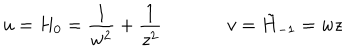
LaTeX: u = H _ { 0 } = \frac { 1 } { w ^ { 2 } } + \frac { 1 } { z ^ { 2 } } \, \, \, \, \, \, \, \, \, \, \, \, \, \, \, \, \, \, \, \, \, v = \tilde { H } _ { - 1 } = w z